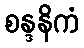
စန္ဒနိကံ